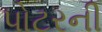
પોટરની